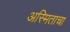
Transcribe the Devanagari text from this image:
अस्मिताचा